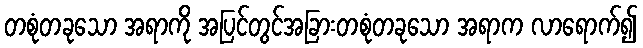
တစုံတခုသော အရာကို အပြင်တွင်အခြားတစုံတခုသော အရာက လာရောက်၍